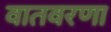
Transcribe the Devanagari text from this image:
वातवरणा